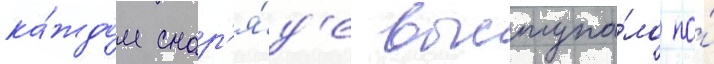
ка́ждом снар'я́д'е выступа́ло по́